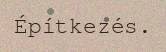
Építkezés.